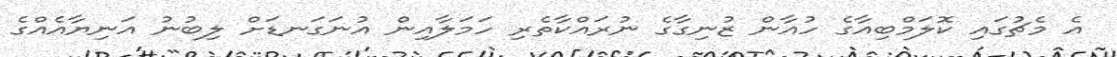
އެ މެޗުގައި ކޮލަމްބިއާގެ ހުއާން ޒުނިގާގެ ނުރައްކާތެރި ހަމަލާއިން އުނަގަނޑަށް ލިބުނު އަނިޔާއެއްގެ